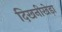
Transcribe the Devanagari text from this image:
दिखनीखेड़ा